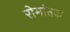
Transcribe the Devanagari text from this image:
रोमांतक